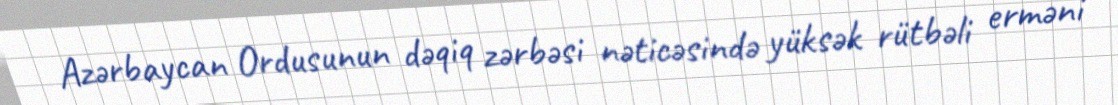
Azərbaycan Ordusunun dəqiq zərbəsi nəticəsində yüksək rütbəli erməni